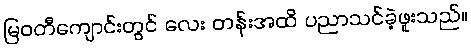
မြဝတီကျောင်းတွင် လေး တန်းအထိ ပညာသင်ခဲ့ဖူးသည်။